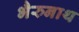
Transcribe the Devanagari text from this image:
भैरुनाथ